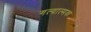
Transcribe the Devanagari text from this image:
गत्‍यात्‍मक